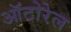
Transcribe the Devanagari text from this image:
ऑटोरेल